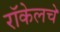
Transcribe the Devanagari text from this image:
रॉकेलचे